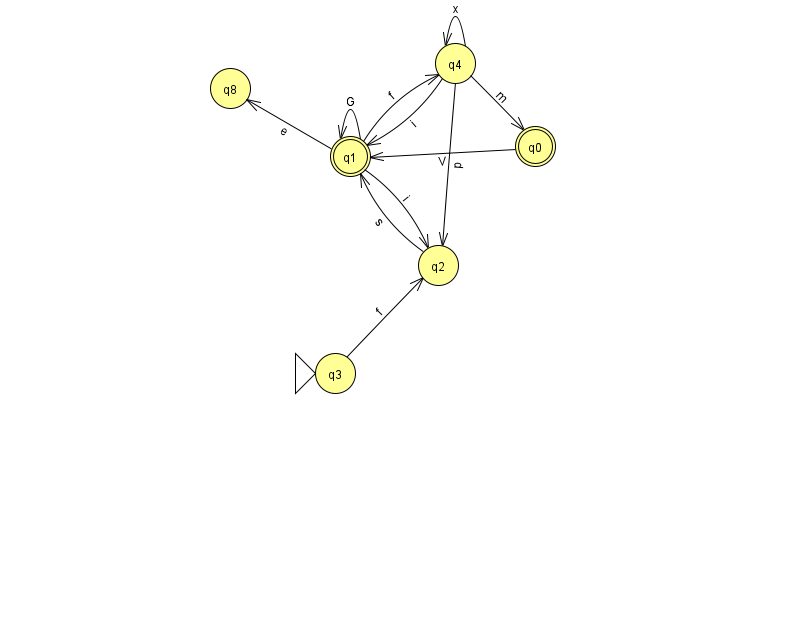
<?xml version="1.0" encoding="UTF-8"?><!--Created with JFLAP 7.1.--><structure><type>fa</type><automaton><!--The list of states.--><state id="0" name="q0"><x>535.0</x><y>133.0</y><final/></state><state id="1" name="q1"><x>350.0</x><y>143.0</y><final/></state><state id="2" name="q2"><x>438.0</x><y>252.0</y></state><state id="3" name="q3"><x>335.0</x><y>360.0</y><initial/></state><state id="4" name="q4"><x>455.0</x><y>50.0</y></state><state id="8" name="q8"><x>230.0</x><y>75.0</y></state><!--The list of transitions.--><transition><from>1</from><to>4</to><read>f</read></transition><transition><from>4</from><to>0</to><read>m</read></transition><transition><from>4</from><to>2</to><read>p</read></transition><transition><from>1</from><to>1</to><read>G</read></transition><transition><from>2</from><to>1</to><read>s</read></transition><transition><from>4</from><to>4</to><read>x</read></transition><transition><from>1</from><to>8</to><read>e</read></transition><transition><from>4</from><to>1</to><read>i</read></transition><transition><from>1</from><to>2</to><read>i</read></transition><transition><from>3</from><to>2</to><read>f</read></transition><transition><from>0</from><to>1</to><read>V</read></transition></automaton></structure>